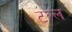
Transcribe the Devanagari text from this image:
टल्ल